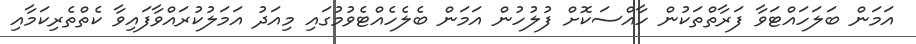
އަމަން ބަލަހައްޓަވާ ފަރާތްތަކުން ހާއްސަކޮށް ފުލުހުން އަމަން ބެލެހެއްޓެވުމުގައި މިއަދު އަމަލުކުރައްވާފައިވާ ކެތްތެރިކަމާއި